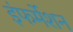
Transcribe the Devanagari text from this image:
इंफर्मेशन